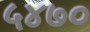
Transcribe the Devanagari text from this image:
५४७०